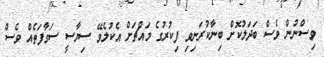
ވިސްނުން ވެސް ބަދަލުކޮށް ބިނާކުރަނިވި ފިކުރުގެ މައްޗަށް އެކުލެވޭ ސިޔާސީ ސަގާފަތެއް ވެސް